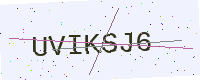
Text: UVIKSJ6